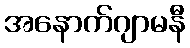
အနောက်ဂျာမနီ